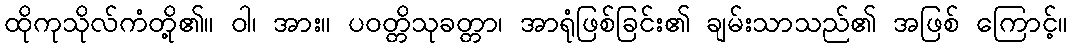
ထိုကုသိုလ်ကံတို့၏။ ဝါ၊ အား။ ပဝတ္တိသုခတ္တာ၊ အာရုံဖြစ်ခြင်း၏ ချမ်းသာသည်၏ အဖြစ် ကြောင့်။